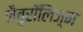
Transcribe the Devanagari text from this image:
नैचुरॉलिज़्म